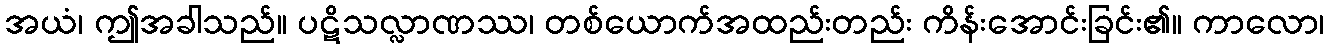
အယံ၊ ဤအခါသည်။ ပဋိသလ္လာဏဿ၊ တစ်ယောက်အထည်းတည်း ကိန်းအောင်းခြင်း၏။ ကာလော၊